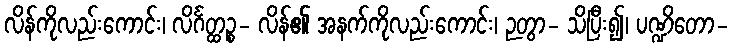
လိန်ကိုလည်းကောင်း၊ လိင်္ဂတ္ထဉ္စ- လိန်၏ အနက်ကိုလည်းကောင်း၊ ဉတွာ- သိပြီး၍၊ ပဏ္ဍိတော-